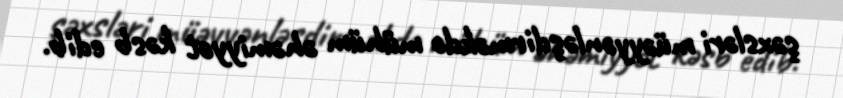
şəxsləri müəyyənləşdirməkdə mühüm əhəmiyyət kəsb edib.